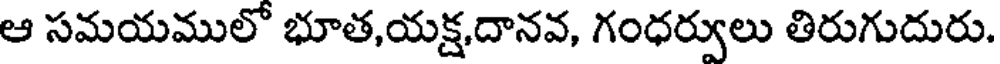
ఆ సమయములో భూత,యక్ష,దానవ, గంధర్వులు తిరుగుదురు.